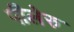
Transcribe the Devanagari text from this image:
पीलेरु